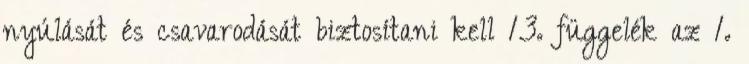
nyúlását és csavarodását biztosítani kell 13. függelék az 1.